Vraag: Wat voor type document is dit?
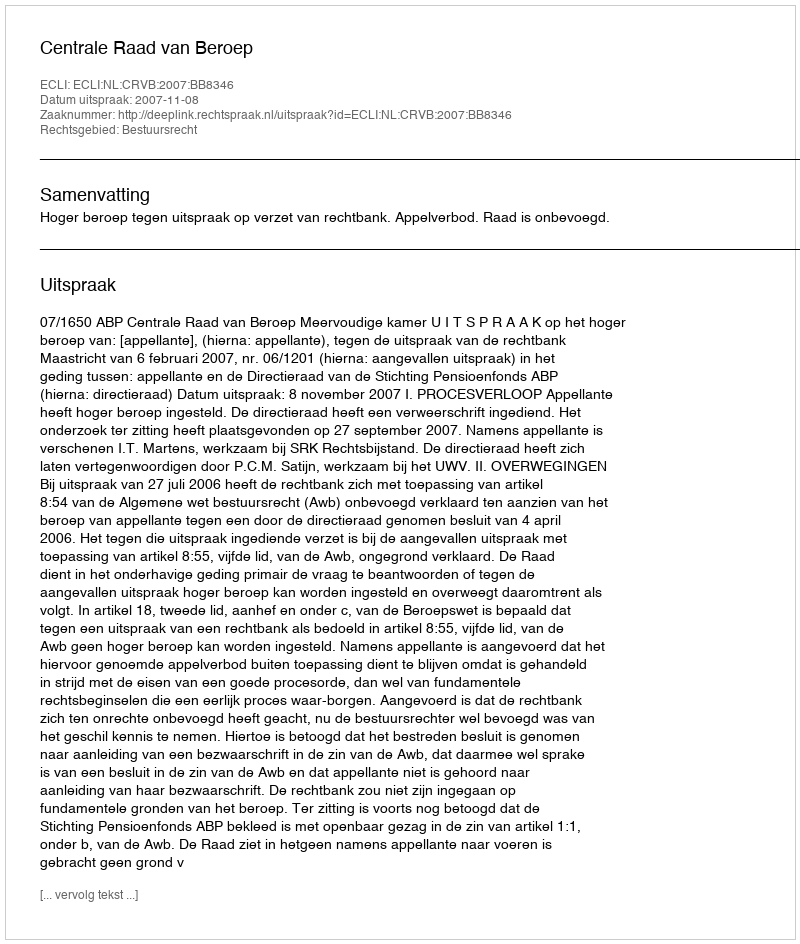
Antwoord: Uitspraak